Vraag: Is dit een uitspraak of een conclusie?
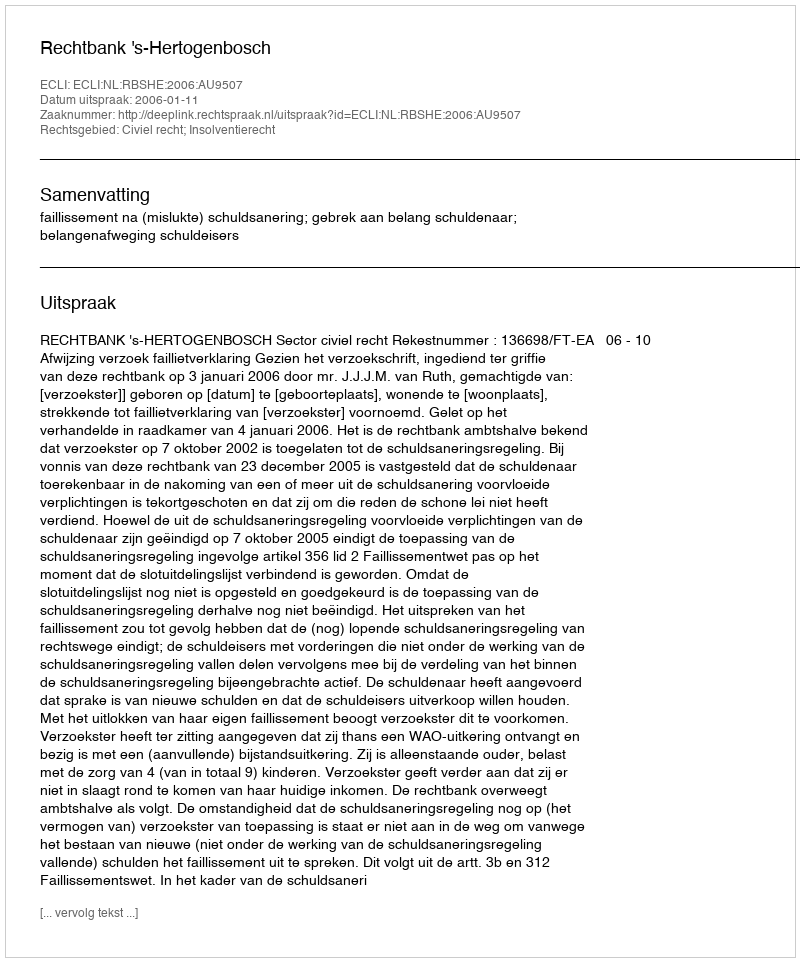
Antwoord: Uitspraak